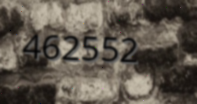
462552